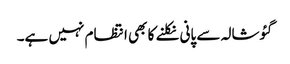
گئوشالہ سے پانی نکلنے کا بھی انتظام نہیں ہے۔